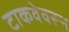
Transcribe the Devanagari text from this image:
टाकवेवरून